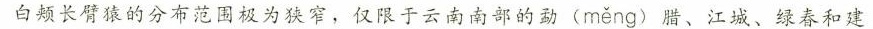
白颊长臂猿的分布范围极为独窄，仅限于云南南部的勐( měng )腊、江城、绿春和建